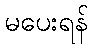
မပေးရန်